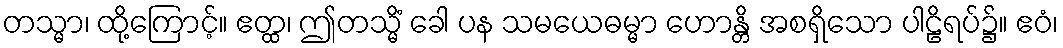
တသ္မာ၊ ထို့ကြောင့်။ ဧတ္ထ၊ ဤတသ္မိံ ခေါ ပန သမယေဓမ္မာ ဟောန္တိ အစရှိသော ပါဠိရပ်၌။ ဧဝံ၊